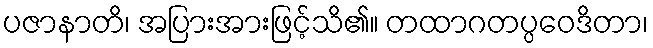
ပဇာနာတိ၊ အပြားအားဖြင့်သိ၏။ တထာဂတပ္ပဝေဒိတာ၊